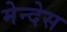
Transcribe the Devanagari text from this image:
मेन्देस